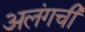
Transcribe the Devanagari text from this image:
अलंगची